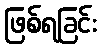
ဖြစ်ရခြင်း